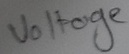
Text: Voltage